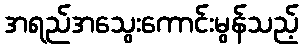
အရည်အသွေးကောင်းမွန်သည့်